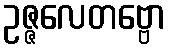
ဥဇ္ဇလေတဗ္ဗော